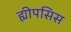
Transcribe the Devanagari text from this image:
ह्यीपसिस